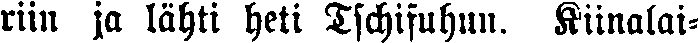
riin ja lähti heti Tschifuhun. Kiinalai-